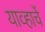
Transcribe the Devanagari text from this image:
याव्हाचें